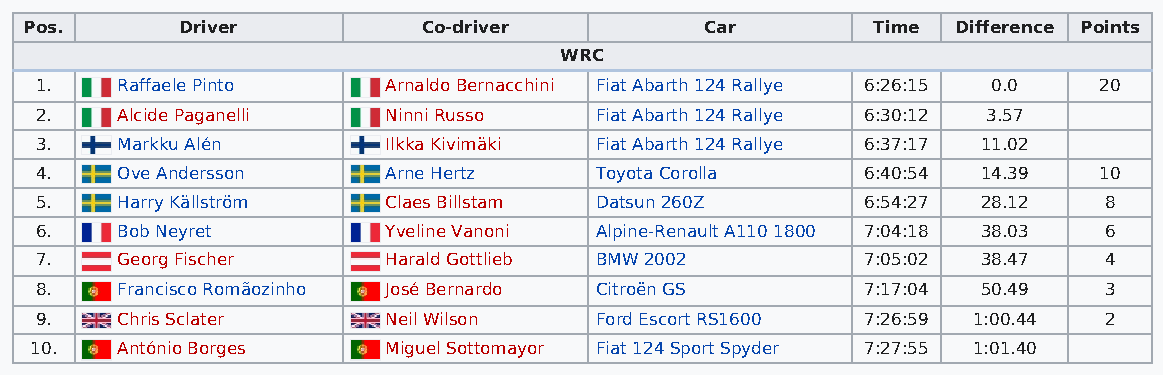
Pos.      Driver          Co-driver          Car        Time Difference Points
 WRC
 1.    Raffaele Pinto   Arnaldo Bernacchini Fiat Abarth 124 Rallye 6:26:15 0.0 20
 2.    Alcide Paganelli Ninni Russo   Fiat Abarth 124 Rallye 6:30:12 3.57
 3.    Markku Alén      Ilkka Kivimäki Fiat Abarth 124 Rallye 6:37:17 11.02
 4.    Ove Andersson    Arne Hertz    Toyota Corolla    6:40:54 14.39   10
 5.    Harry Källström  Claes Billstam Datsun 260Z      6:54:27 28.12   8
 6.    Bob Neyret       Yveline Vanoni Alpine-Renault A110 1800 7:04:18 38.03 6
 7.    Georg Fischer    Harald Gottlieb BMW 2002        7:05:02 38.47   4
 8.    Francisco Romãozinho José Bernardo Citroën GS    7:17:04 50.49   3
 9.    Chris Sclater    Neil Wilson   Ford Escort RS1600 7:26:59 1:00.44 2
 10.   António Borges   Miguel Sottomayor Fiat 124 Sport Spyder 7:27:55 1:01.40